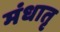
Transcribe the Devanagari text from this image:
मंधातृ